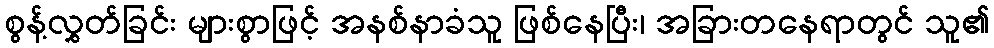
စွန့်လွှတ်ခြင်း များစွာဖြင့် အနစ်နာခံသူ ဖြစ်နေပြီး၊ အခြားတနေရာတွင် သူ၏